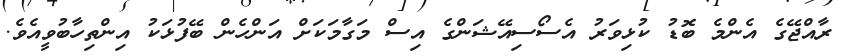
ރާއްޖޭގެ އެންމެ ބޮޑު ކުޅިވަރު އެސޯސިއޭޝަންގެ އިސް މަގާމަކަށް އަންހެން ބޭފުޅަކު އިންތިހާބުވީއެވެ.